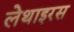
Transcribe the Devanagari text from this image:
लेथाइरस